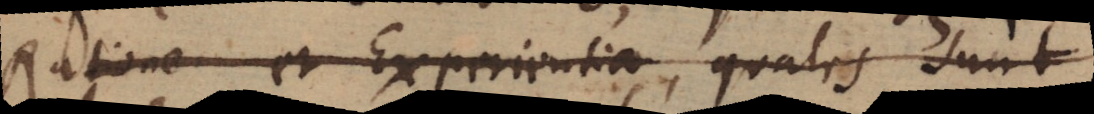
Ratione et Experientia, quales sunt